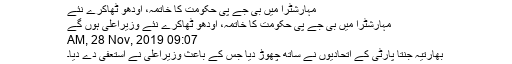
مہارشٹرا میں بی جے پی حکومت کا خاتمہ، اودھو ٹھاکرے نئے
مہارشٹرا میں بی جے پی حکومت کا خاتمہ، اودھو ٹھاکرے نئے وزیراعلیٰ ہوں گے
09:07 AM, 28 Nov, 2019
بھارتیہ جنتا پارٹی کے اتحادیوں نے ساتھ چھوڑ دیا جس کے باعث وزیراعلیٰ نے استعفیٰ دے دیا۔